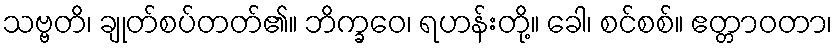
သဗ္ဗတိ၊ ချုတ်စပ်တတ်၏။ ဘိက္ခဝေ၊ ရဟန်းတို့။ ခေါ၊ စင်စစ်။ ဧတ္တာဝတာ၊